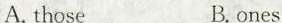
A.those B.ones